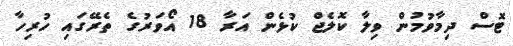
ޓޮސް ދިމާވުމުން ވިލާ ކޮލެޖް ކުޅެން އަރާ 18 އޯވަރުގެ ތެރޭގައި ހުރިހާ